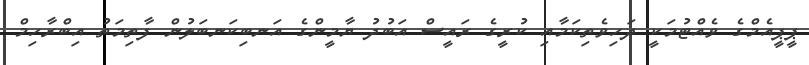
ޕީޕީއެމްގެ ވެއްޓުމަކީ ދަހިވެތިކަމާއި ކުރީގެ ރައީސް އަބުދު ޔާމީންގެ އަނބިކަނބަލުން ފާތިމަތު އިބްރާހިމް